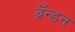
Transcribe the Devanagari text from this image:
ब्रँन्डन